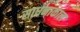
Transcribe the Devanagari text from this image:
साधनाकाल